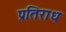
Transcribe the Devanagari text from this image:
प्रतिराध